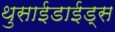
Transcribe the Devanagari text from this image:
थुसाईडाईड्स